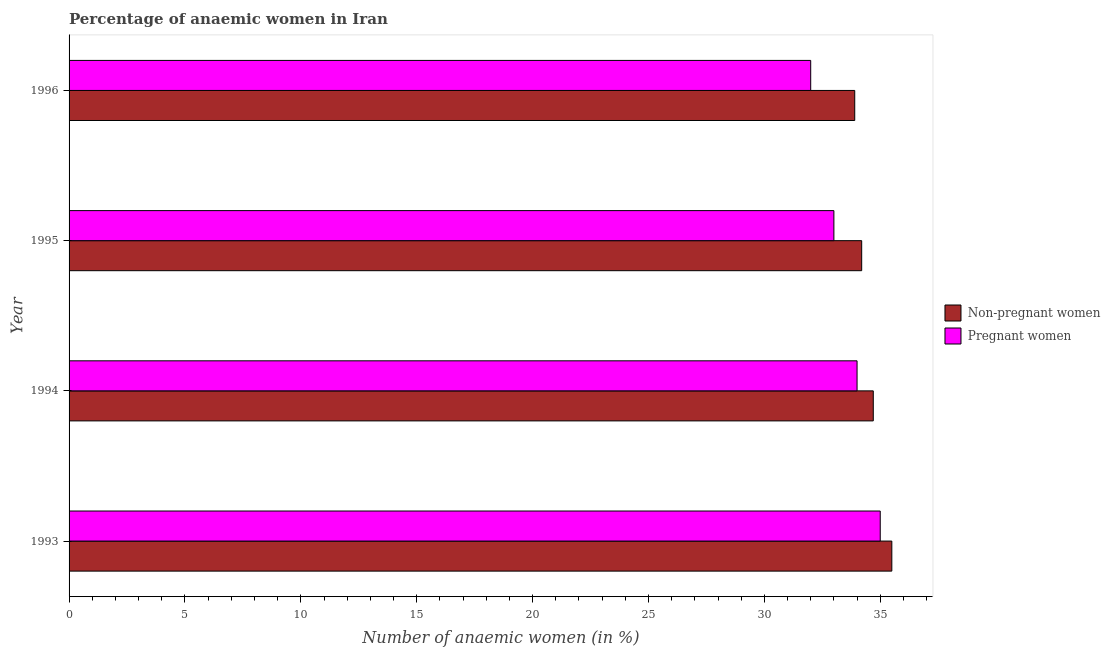
| Year | Non-pregnant women | Pregnant women |
 | --- | --- | --- |
 | 1993 | 35.5 | 35 |
 | 1994 | 34.7 | 34 |
 | 1995 | 34.2 | 33 |
 | 1996 | 33.9 | 32 |